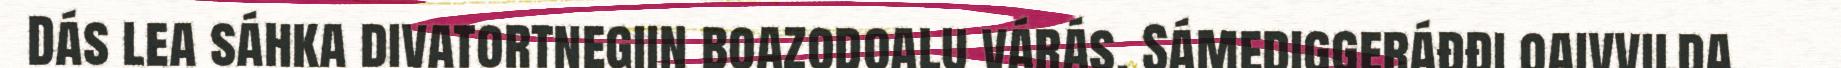
Dás lea sáhka divatortnegiin boazodoalu várás. Sámediggeráđđi oaivvilda,